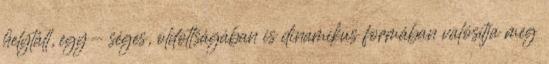
helytáll, egy- séges, oldottságában is dinamikus formában valósítja meg